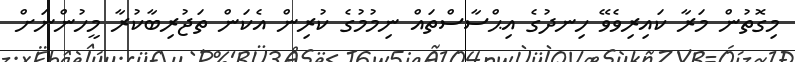
މިގޮތުން މަރާ ކައިރިވެވޭ ހިނދުގެ އިޙްސާސްތައް ނިމުމުގެ ކުރިން އެކަން ތަޖުރިބާކުރާ މީހުންނަށް